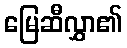
မြေဆီလွှာ၏